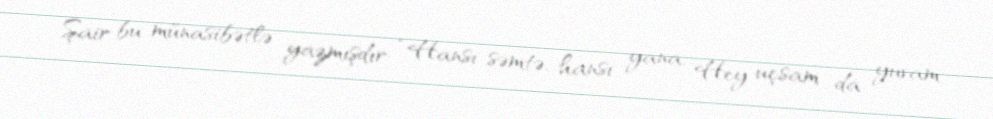
Şair bu münasibətlə yazmışdır: “Hansı səmtə, hansı yana, Hey uçsam da yuvam